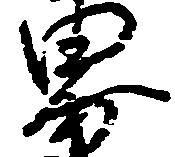
界